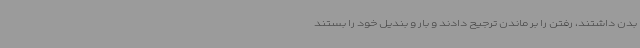
بدن داشتند، رفتن را بر ماندن ترجیح دادند و بار و بندیل خود را بستند